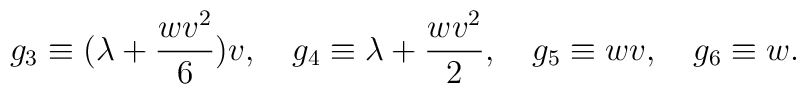
g_3 \equiv (\lambda + \frac{wv^2}{6})v, \quad  g_4 \equiv \lambda + \frac{wv^2}{2}, \quad  g_5 \equiv wv, \quad  g_6 \equiv w.